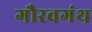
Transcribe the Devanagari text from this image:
गौरवगंथ